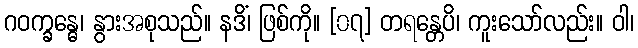
ဂဝက္ခန္ဓေ၊ နွားအစုသည်။ နဒိံ၊ ဖြစ်ကို။ [၀၇] တရန္တေပိ၊ ကူးသော်လည်း။ ဝါ၊